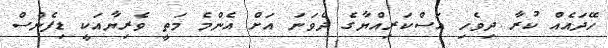
ހޭދައެއް ކުރާ ދިވެހި އަސްކަރިއްޔާގެ ދެވަނަ އަށް އެންމެ މަތީ ވެރިޔާއަކީ ޑިފެންސް